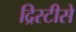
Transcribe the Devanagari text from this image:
द्रिस्टीसे